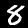
Label: 8